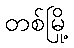
တစ်မြို့